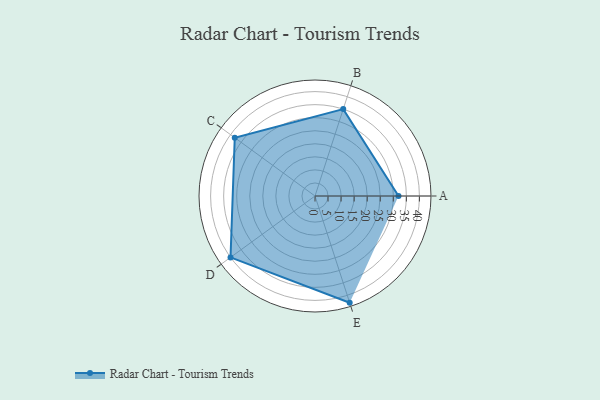
{"axis": {"x": "Skill", "y": "Score"}, "legend": ["Profile"], "data": [{"x": "A", "y": 32.0, "type": "Profile"}, {"x": "B", "y": 35.0, "type": "Profile"}, {"x": "C", "y": 38.0, "type": "Profile"}, {"x": "D", "y": 40.0, "type": "Profile"}, {"x": "E", "y": 43.0, "type": "Profile"}]}